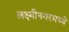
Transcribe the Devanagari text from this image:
लक्ष्मीनगरमध्ये